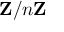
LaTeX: \mathbf { Z } / n \mathbf { Z }